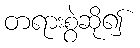
တရားစွဲဆို၍